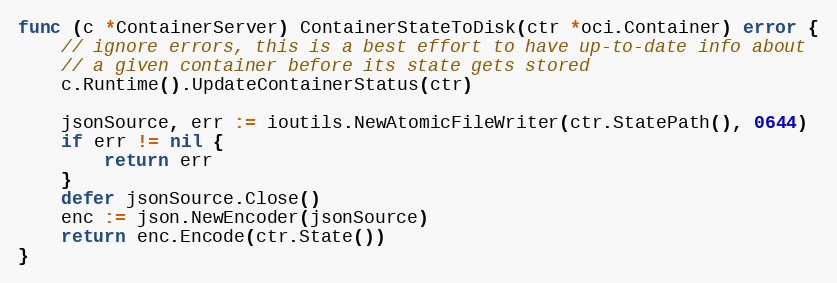
Language: Go
func (c *ContainerServer) ContainerStateToDisk(ctr *oci.Container) error {
	// ignore errors, this is a best effort to have up-to-date info about
	// a given container before its state gets stored
	c.Runtime().UpdateContainerStatus(ctr)

	jsonSource, err := ioutils.NewAtomicFileWriter(ctr.StatePath(), 0644)
	if err != nil {
		return err
	}
	defer jsonSource.Close()
	enc := json.NewEncoder(jsonSource)
	return enc.Encode(ctr.State())
}